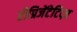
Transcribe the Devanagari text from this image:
रीप्रिजेंटेटिव्ज़